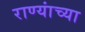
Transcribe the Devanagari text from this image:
राण्यांच्या